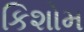
કિશોમ